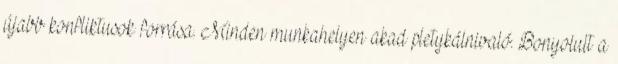
újabb konfliktusok forrása. Minden munkahelyen akad pletykálnivaló. Bonyolult a